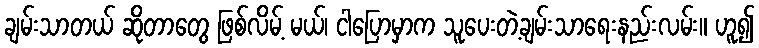
ချမ်းသာတယ် ဆိုတာတွေ ဖြစ်လိမ့် မယ်၊ ငါပြောမှာက သူပေးတဲ့ချမ်းသာရေးနည်းလမ်း။ ဟူ၍